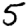
Digit: 5